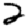
Digit: 2